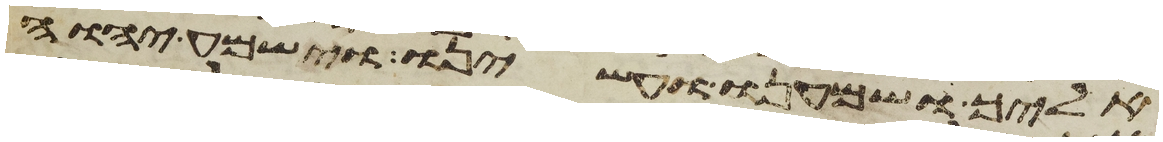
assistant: אליך ושמענו ועשינו וישמע יהוה